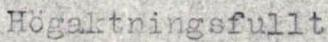
Högaktningsfullt